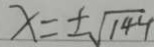
x = \pm \sqrt { 1 4 4 }